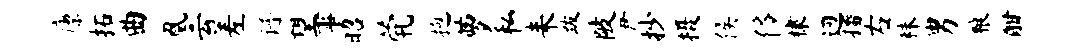
廪拓曲凰云差谱望事昭茕抱萝私耒跋陂尹抄摄侯侈棣迥播右秣男粮酣